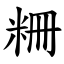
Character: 粣